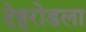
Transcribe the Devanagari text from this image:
देहूरोडला